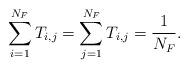
LaTeX: \begin{align*} \sum_{i=1}^{N_{F}} T_{i,j} = \sum_{j=1}^{N_{F}} T_{i,j} = \frac{1}{N_F}. \end{align*}